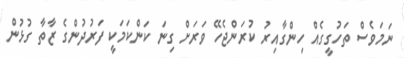
ނަމަވެސް ތަހުގީގެއް ހިންގާއިރު ކުރަންޖެހޭ ވަރަށް ގިނަ ކަންކަމަކީ ފަރުދުންގެ ޒާތާ ގުޅުން